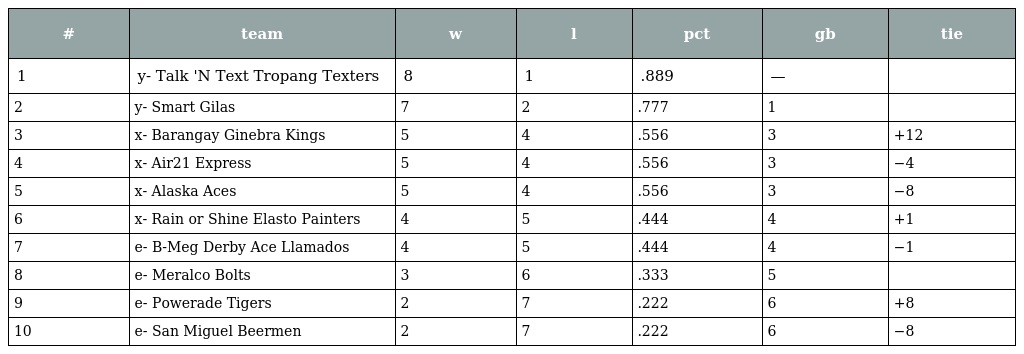
| # | team | w | l | pct | gb | tie |
 | --- | --- | --- | --- | --- | --- | --- |
 | 1 | y- Talk 'N Text Tropang Texters | 8 | 1 | .889 | — |  |
 | 2 | y- Smart Gilas | 7 | 2 | .777 | 1 |  |
 | 3 | x- Barangay Ginebra Kings | 5 | 4 | .556 | 3 | +12 |
 | 4 | x- Air21 Express | 5 | 4 | .556 | 3 | −4 |
 | 5 | x- Alaska Aces | 5 | 4 | .556 | 3 | −8 |
 | 6 | x- Rain or Shine Elasto Painters | 4 | 5 | .444 | 4 | +1 |
 | 7 | e- B-Meg Derby Ace Llamados | 4 | 5 | .444 | 4 | −1 |
 | 8 | e- Meralco Bolts | 3 | 6 | .333 | 5 |  |
 | 9 | e- Powerade Tigers | 2 | 7 | .222 | 6 | +8 |
 | 10 | e- San Miguel Beermen | 2 | 7 | .222 | 6 | −8 |